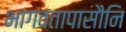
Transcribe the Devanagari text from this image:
भागवतापासौनि